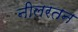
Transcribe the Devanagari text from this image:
नीलरतन